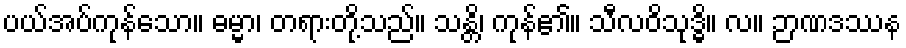
ပယ်အပ်ကုန်သော။ ဓမ္မာ၊ တရားတို့သည်။ သန္တိ၊ ကုန်၏။ သီလဝိသုဒ္ဓိ။ လ။ ဉာဏဒဿန